Subject: eess
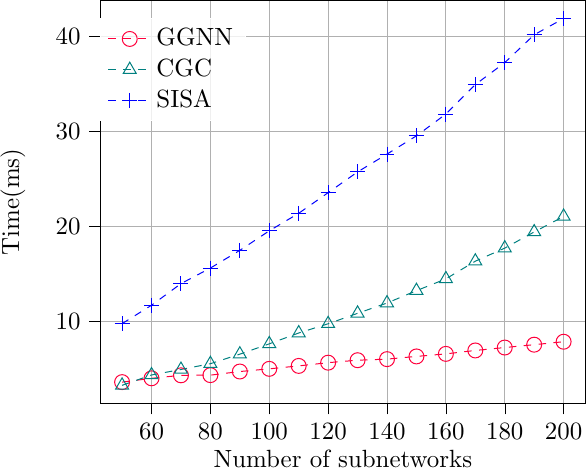
LaTeX code:
\begin{tikzpicture}[scale=0.90]

\definecolor{darkgray176}{RGB}{176,176,176}
\definecolor{darkorange25512714}{RGB}{255,127,14}
\definecolor{forestgreen4416044}{RGB}{44,160,44}
\definecolor{steelblue31119180}{RGB}{31,119,180}
\definecolor{red}{RGB}{255,0,60}
\definecolor{blue}{RGB}{0,0,255}
\definecolor{lightgray204}{RGB}{255,255,255}

\begin{axis}[
legend cell align={left},
legend style={
  fill opacity=0.8,
  draw opacity=1,
  text opacity=1,
  at={(0.0,0.7)},
  anchor=south west,
  draw=lightgray204
},
tick align=outside,
tick pos=left,
ylabel = {Time(ms)},
x grid style={darkgray176},
xmajorgrids,
xmin=42.5, xmax=207.5,
xtick style={color=black},
y grid style={darkgray176},
xlabel = {Number of subnetworks},
ymajorgrids,
ymin=1.34199541807175, ymax=43.8010907769203,
ytick style={color=black}
]
\addplot [dashed, red, mark=o, mark size=3, mark options={solid}]
table {%
50 3.60772442817688
60 4.00972652435303
70 4.32450103759766
80 4.34334278106689
90 4.72414207458496
100 5.00572490692139
110 5.31423425674438
120 5.65466403961182
130 5.91401290893555
140 6.02741861343384
150 6.31173086166382
160 6.58063745498657
170 6.9404935836792
180 7.24755191802979
190 7.54800128936768
200 7.85946798324585
};
\addlegendentry{GGNN}

\addplot [dashed, teal, mark=triangle, mark size=3, mark options={solid}]
table {%
50 3.27195429801941
60 4.36027574539185
70 4.93752956390381
80 5.5459098815918
90 6.5501708984375
100 7.63566970825195
110 8.77511024475098
120 9.74986553192139
130 10.8464908599854
140 11.9308700561523
150 13.2322483062744
160 14.4715852737427
170 16.3326377868652
180 17.7110958099365
190 19.4075908660889
200 21.0409393310547
};\addlegendentry{CGC}

\addplot [dashed, blue, mark=+, mark size=3, mark options={solid}]
table {%
50 9.76164817810059
60 11.6957693099976
70 13.9707870483398
80 15.6113710403442
90 17.4726963043213
100 19.5271015167236
110 21.3734550476074
120 23.5450477600098
130 25.7252159118652
140 27.6036434173584
150 29.5222969055176
160 31.8150978088379
170 34.9156913757324
180 37.2278022766113
190 40.1598892211914
200 41.8711318969727
};\addlegendentry{SISA}

\end{axis}

\end{tikzpicture}